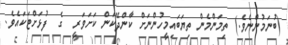
(ބުނަމުންނެވެ.) ތިމަންމެން ތިޔަބައިމީހުންނަށް ކާންދޭކަން ކަށަވަރީ  ގެ  ފުޅަށްޓަކައެވެ.